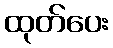
ထုတ်ပေး